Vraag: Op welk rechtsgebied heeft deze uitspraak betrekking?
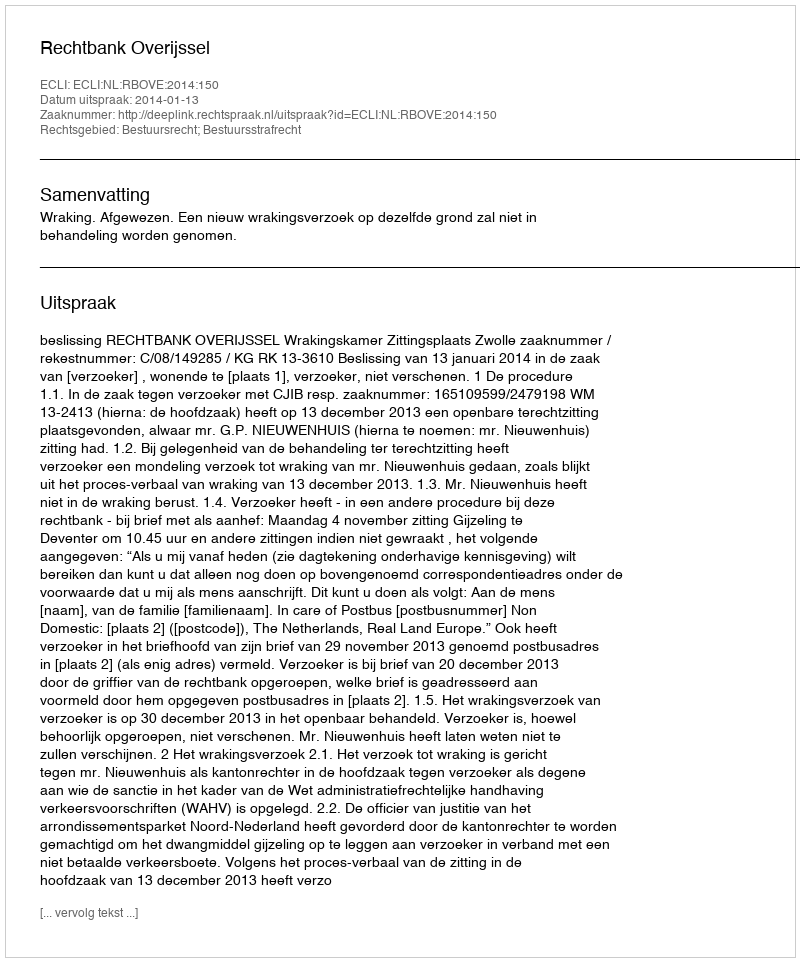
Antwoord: Bestuursrecht; Bestuursstrafrecht